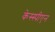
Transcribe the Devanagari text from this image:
केस्स्पीएन